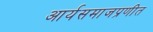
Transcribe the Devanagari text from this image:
आर्यसमाजप्रणीत